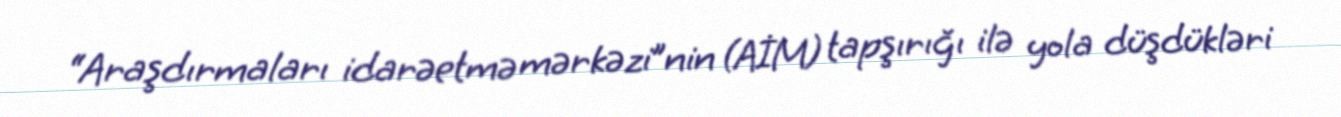
“Araşdırmaları idarəetmə mərkəzi”nin (AİM) tapşırığı ilə yola düşdükləri